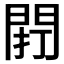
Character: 𨴆